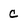
Character: C